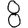
Digit: 8